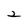
Character: 2